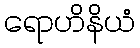
ရောဟိနိယံ